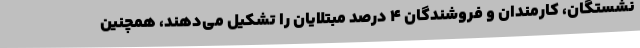
نشستگان، کارمندان و فروشندگان 4 درصد مبتلایان را تشکیل می‌دهند، همچنین